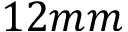
1 2 m m